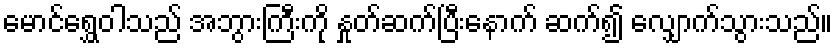
မောင်ရွှေဝါသည် အဘွားကြီးကို နှုတ်ဆက်ပြီးနောက် ဆက်၍ လျှောက်သွားသည်။